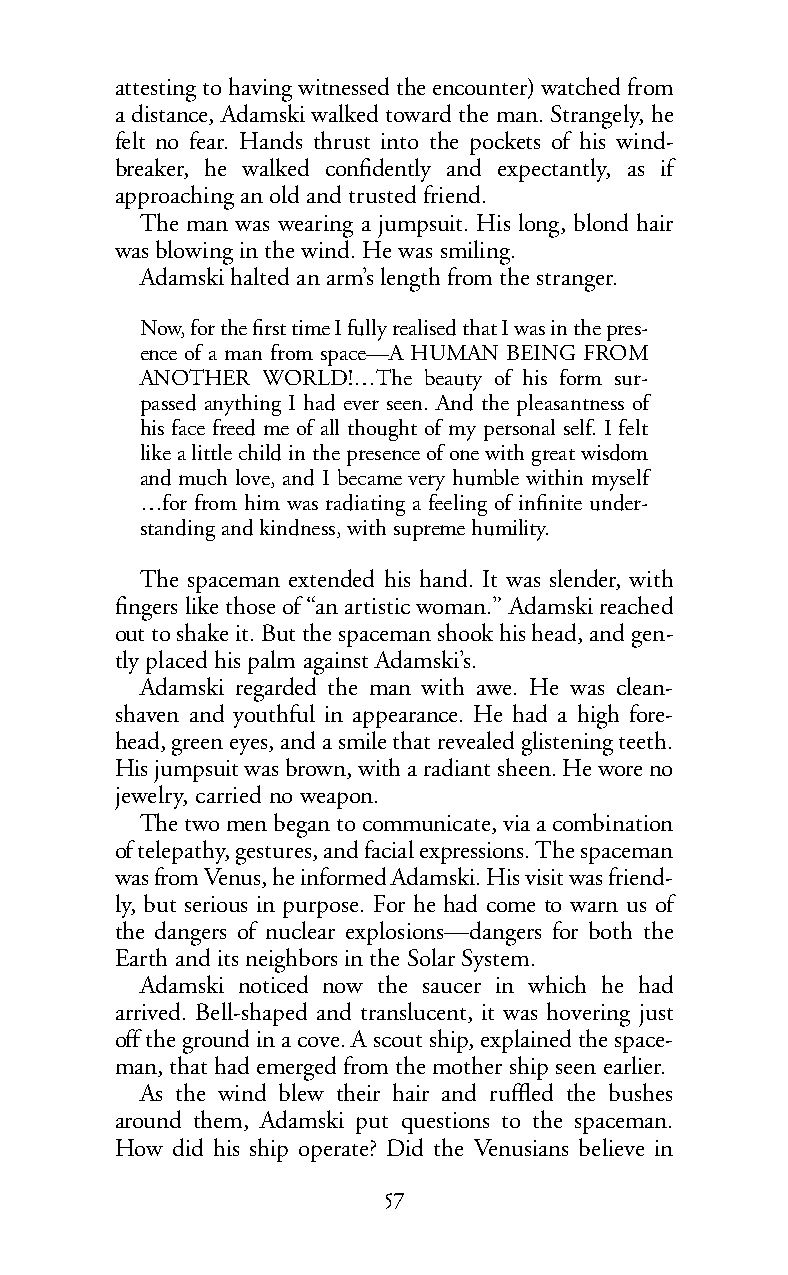
attesting to having witnessed the encounter) watched from
 a distance, Adamski walked toward the man. Strangely, he
 felt no fear. Hands thrust into the pockets of his wind-
 breaker, he walked confidently and expectantly, as if
 approaching an old and trusted friend.
 The man was wearing a jumpsuit. His long, blond hair
 was blowing in the wind. He was smiling.
 Adamski halted an arm’s length from the stranger.
 Now, for the first time I fully realised that I was in the pres-
 ence of a man from space—A HUMAN BEING FROM
 ANOTHER WORLD!…The beauty of his form sur-
 passed anything I had ever seen. And the pleasantness of
 his face freed me of all thought of my personal self. I felt
 like a little child in the presence of one with great wisdom
 and much love, and I became very humble within myself
 …for from him was radiating a feeling of infinite under-
 standing andkindness,with supreme humility.
 The spaceman extended his hand. It was slender, with
 fingers like those of “an artistic woman.” Adamski reached
 out to shake it. But the spaceman shook his head, and gen-
 tly placed his palm against Adamski’s.
 Adamski regarded the man with awe. He was clean-
 shaven and youthful in appearance. He had a high fore-
 head, green eyes, and a smile that revealed glistening teeth.
 His jumpsuit was brown, with a radiant sheen. He wore no
 jewelry, carried no weapon.
 The two men began to communicate, via a combination
 of telepathy, gestures, and facial expressions. The spaceman
 wasfrom Venus, he informed Adamski. His visit was friend-
 ly, but serious in purpose. For he had come to warn us of
 the dangers of nuclear explosions—dangers for both the
 Earth andits neighbors in the Solar System.
 Adamski noticed now the saucer in which he had
 arrived. Bell-shaped and translucent, it was hovering just
 off the ground in a cove. A scout ship, explained the space-
 man, that had emerged from the mother ship seen earlier.
 As the wind blew their hair and ruffled the bushes
 around them, Adamski put questions to the spaceman.
 How did his ship operate? Did the Venusians believe in
 